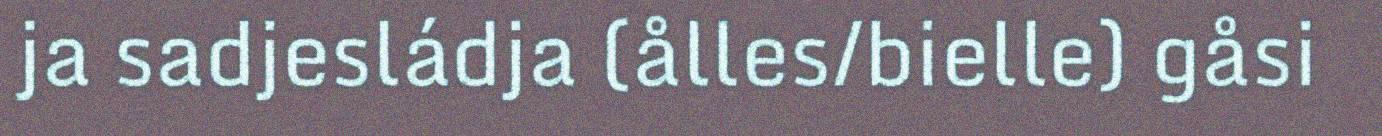
ja sadjesládja (ålles/bielle) gåsi